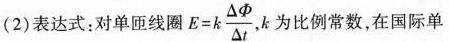
(2)表达式：对单匝线圈 $$ E=k \frac{ \Delta \Phi }{ \Delta t } $$ ，k为比例常数，在国际单